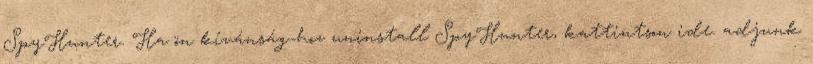
SpyHunter. Ha ön kívánság-hoz uninstall SpyHunter, kattintson ide. adjunk